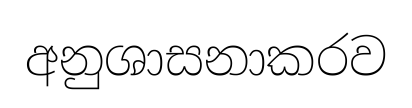
අනුශාසනාකරව